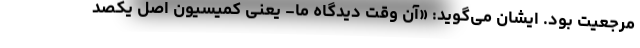
مرجعیت بود. ایشان می‌گوید: «آن وقت دیدگاه ما- یعنی کمیسیون اصل یکصد